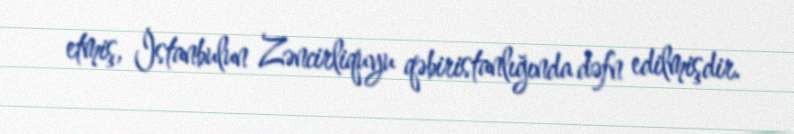
etmiş, İstanbulun Zəncirliquyu qəbiristanlığında dəfn edilmişdir.